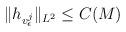
LaTeX: \begin{align*}\|h_{v_{\epsilon}^j}\|_{L^2}\leq C(M)\end{align*}